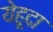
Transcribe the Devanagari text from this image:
येहूदा